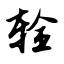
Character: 辁